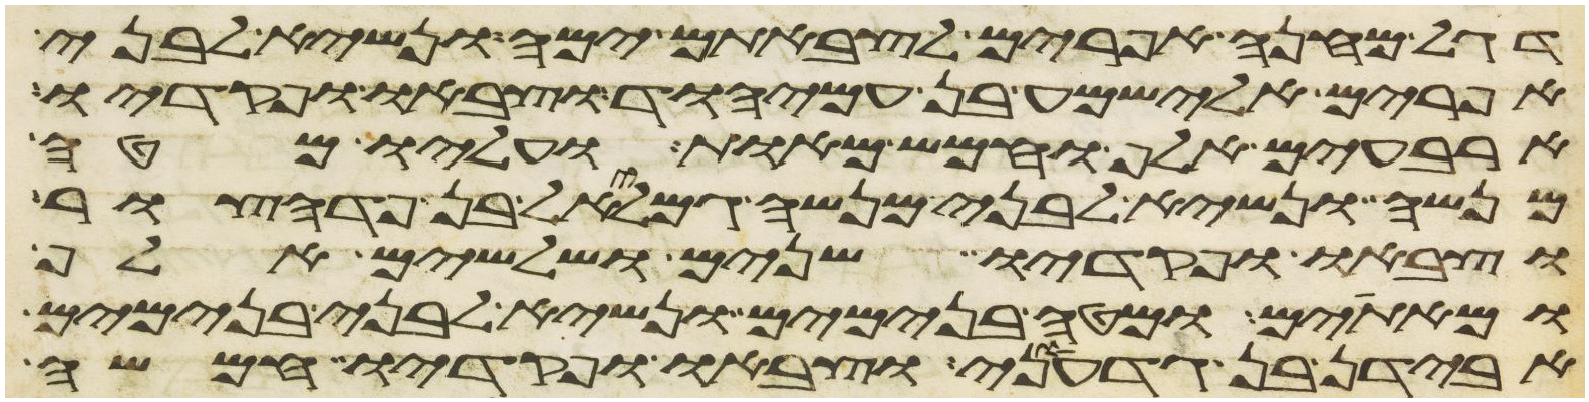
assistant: דגל מחנה אפרים לצבאתם ימה ונשיא לבני
אפרים אלישמע בן עמיהוד וצבאו ופקדיו
ארבעים אלף וחמש מאות ועליו מטה
מנשה ונשיא לבני מנשה גמליאל בן פדהצור
וצבאו ופקדיו שנים ושלשים אלף
ומאתים ומטה בנימים ונשיא לבני בנימים
אבידן בן גדעוני וצבאו ופקדיו חמשה